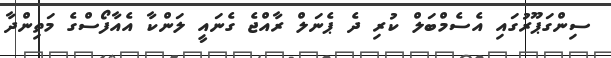
ސިންގަޕޫރުގައި އެސެމްބަލް ކުރި ދެ ޕެނަލް ރާއްޖެ ގެނައީ ލަންކާ އެއާފޯސްގެ މަތިންދާ